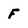
Character: F